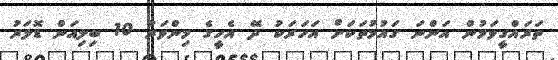
ތަރައްގީވަމުން އަންނަ ގައުމުތަކަށް އަހަރަކު ދޭ އެހީގެ މިންވަރު 10 ބިލިއަން ޑޮލަރު